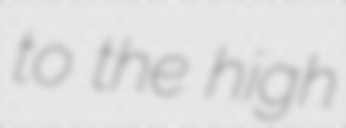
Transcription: to the high